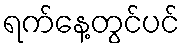
ရက်နေ့တွင်ပင်